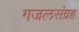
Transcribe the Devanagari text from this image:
गजलसंग्रह